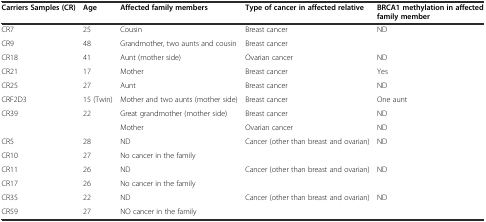
<table><thead><tr><td><b>Carriers Samples (CR)</b></td><td><b>Age</b></td><td><b>Affected family members</b></td><td><b>Type of cancer in affected relative</b></td><td><b>BRCA1 methylation in affected family member</b></td></tr></thead><tbody><tr><td>CR7</td><td>25</td><td>Cousin</td><td>Breast cancer</td><td>ND</td></tr><tr><td>CR9</td><td>48</td><td>Grandmother, two aunts and cousin</td><td>Breast cancer</td><td></td></tr><tr><td>CR18</td><td>41</td><td>Aunt (mother side)</td><td>Ovarian cancer</td><td>ND</td></tr><tr><td>CR21</td><td>17</td><td>Mother</td><td>Breast cancer</td><td>Yes</td></tr><tr><td>CR25</td><td>27</td><td>Aunt</td><td>Breast cancer</td><td>ND</td></tr><tr><td>CRF2D3</td><td>15 (Twin)</td><td>Mother and two aunts (mother side)</td><td>Breast cancer</td><td>One aunt</td></tr><tr><td rowspan="2">CR39</td><td rowspan="2">22</td><td>Great grandmother (mother side)</td><td>Breast cancer</td><td>ND</td></tr><tr><td>Mother</td><td>Ovarian cancer</td><td>ND</td></tr><tr><td>CR5</td><td>28</td><td>ND</td><td>Cancer (other than breast and ovarian)</td><td>ND</td></tr><tr><td>CR10</td><td>27</td><td>No cancer in the family</td><td></td><td></td></tr><tr><td>CR11</td><td>26</td><td>ND</td><td>Cancer (other than breast and ovarian)</td><td>ND</td></tr><tr><td>CR17</td><td>26</td><td>No cancer in the family</td><td></td><td></td></tr><tr><td>CR35</td><td>22</td><td>ND</td><td>Cancer (other than breast and ovarian)</td><td>ND</td></tr><tr><td>CR59</td><td>27</td><td>NO cancer in the family</td><td></td><td></td></tr></tbody></table>